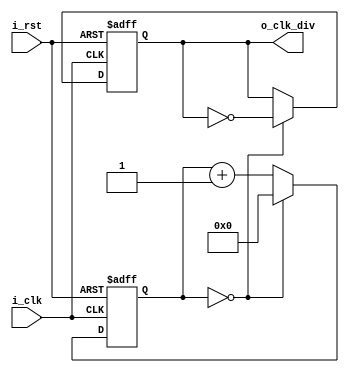
// 


module clk_div_module
// 
#(
    parameter       P_CLK_DIV_CNT       =       2
)
(
    input           i_clk           ,
    input           i_rst           ,
    output          o_clk_div
);

reg                 ro_o_clk_div                ;
reg [15:0]          r_cnt                       ;

assign              o_clk_div   =   ro_o_clk_div;

always@(posedge i_clk or posedge i_rst)
begin
  if (i_rst)
    r_cnt <= 'd0;
  else if (r_cnt == (P_CLK_DIV_CNT >> 1) - 1)
    r_cnt <= 'd0;
  else
    r_cnt <= r_cnt + 1;
end

always@(posedge i_clk or posedge i_rst)
begin
    if (i_rst)
        ro_o_clk_div <= 'd0;
    else if (r_cnt == (P_CLK_DIV_CNT>>1) - 1)
        ro_o_clk_div <= ~ro_o_clk_div;
    else
        ro_o_clk_div <= ro_o_clk_div;
end


endmodule